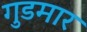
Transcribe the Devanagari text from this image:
गुडमार